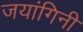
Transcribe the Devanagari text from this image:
जयांगिनी